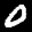
Label: 0